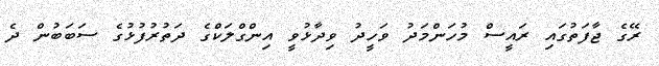
ރޭގެ ޖާފަތުގައި ރައީސް މުހަންމަދު ވަހީދު ވިދާޅުވީ އިންގްލަކްގެ ދަތުރުފުޅުގެ ސަބަބުން ދެ